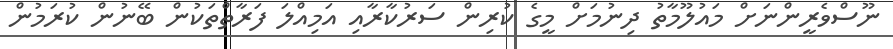
ނޫސްވެރީންނަށް މައުލޫމާތު ދިނުމަށް މީގެ ކުރިން ސަރުކާރާއި އަމިއްލަ ފަރާތްތަކުން ބޭނުން ކުރަމުން